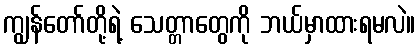
ကျွန်တော်တို့ရဲ့ သေတ္တာတွေကို ဘယ်မှာထားရမလဲ။